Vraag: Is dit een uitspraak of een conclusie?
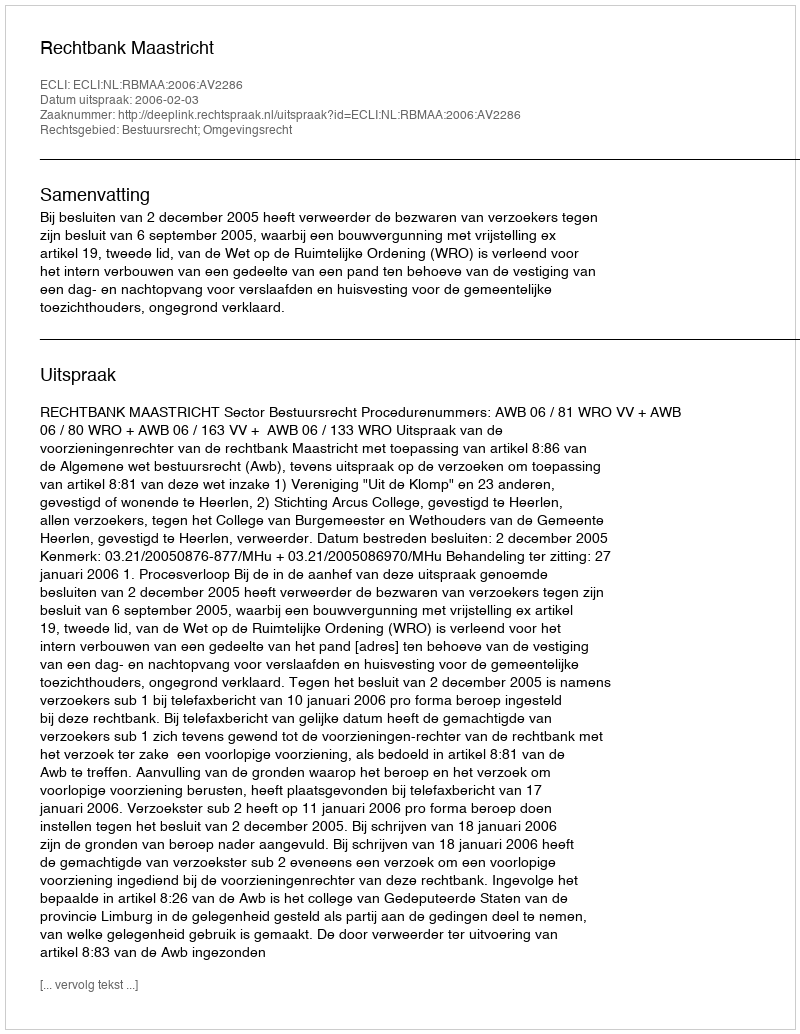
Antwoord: Uitspraak